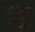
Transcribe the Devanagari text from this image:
ष्ठा